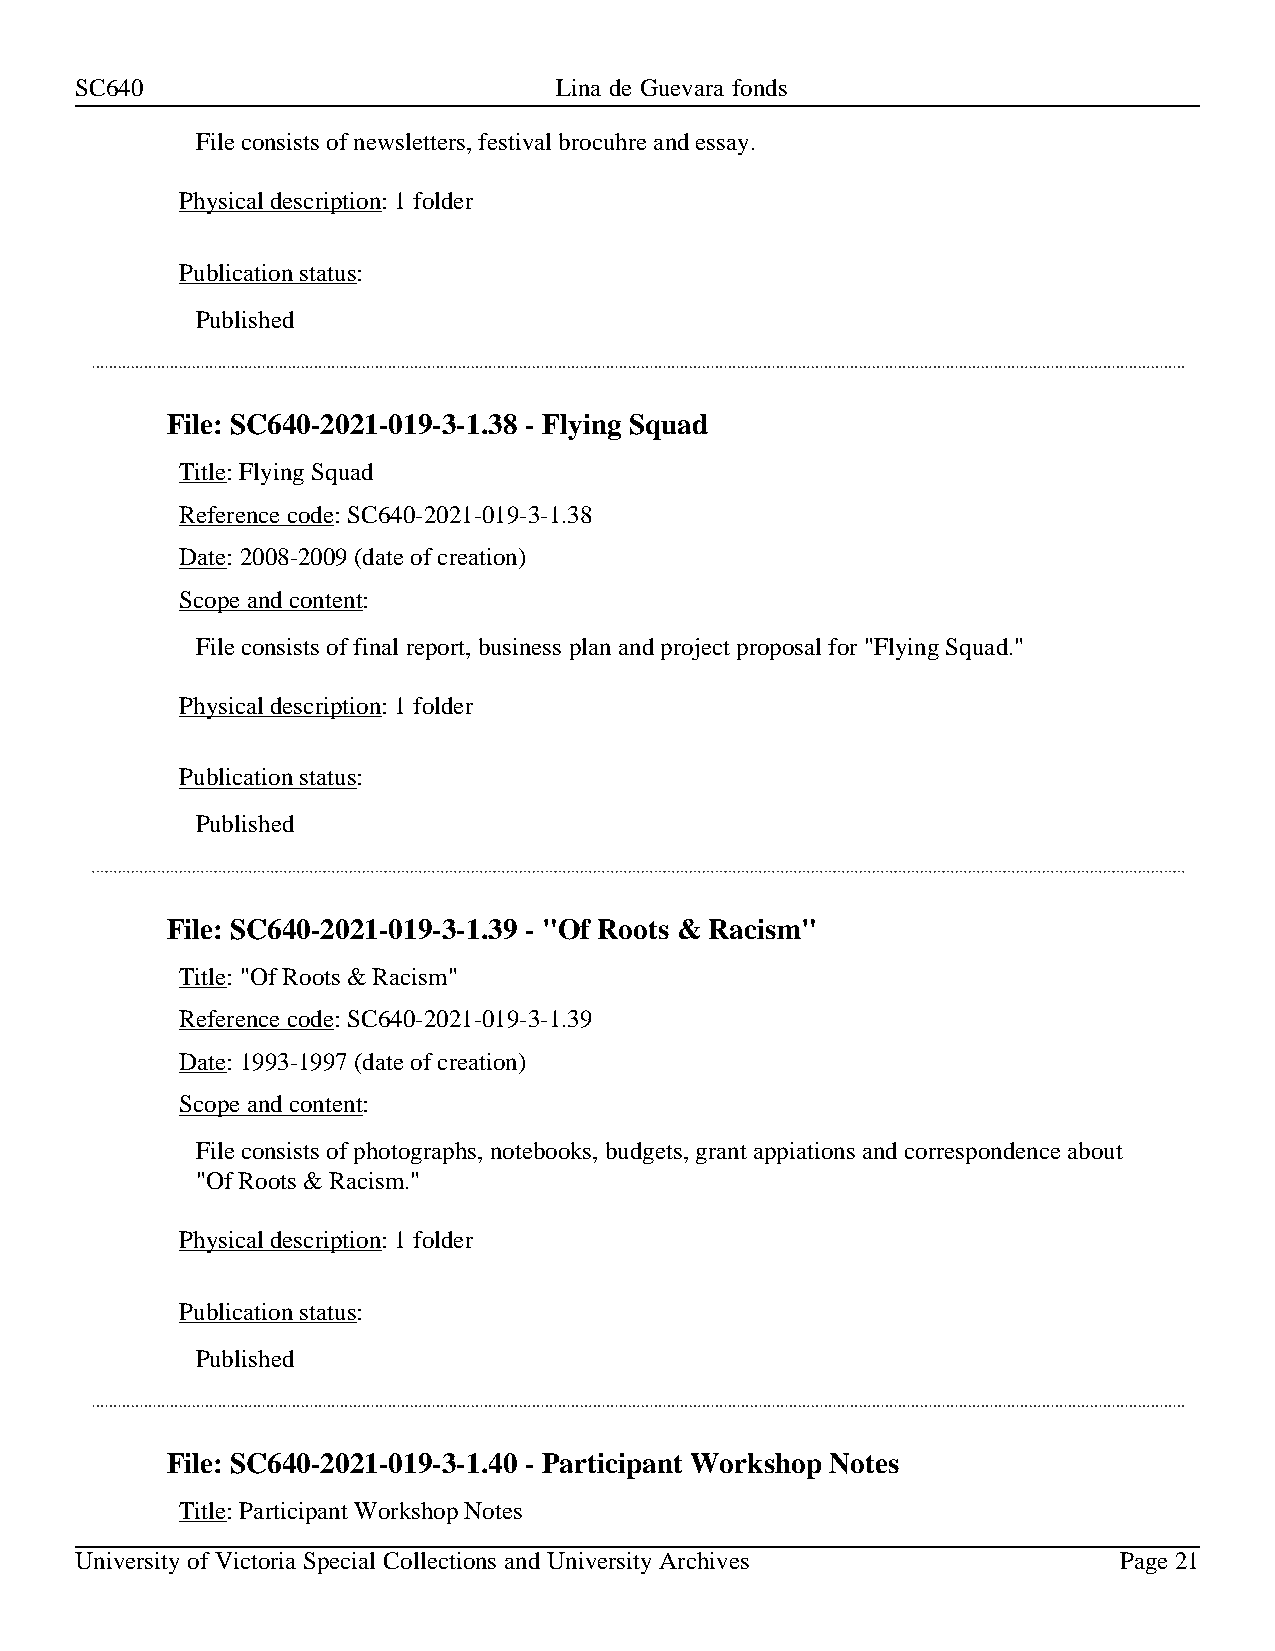
SC640                           Lina de Guevara fonds
 File consists of newsletters, festival brocuhre and essay.
 Physical description: 1 folder
 Publication status:
 Published
 File: SC640-2021-019-3-1.38 - Flying Squad
 Title: Flying Squad
 Reference code: SC640-2021-019-3-1.38
 Date: 2008-2009 (date of creation)
 Scope and content:
 File consists of final report, business plan and project proposal for "Flying Squad."
 Physical description: 1 folder
 Publication status:
 Published
 File: SC640-2021-019-3-1.39 - "Of Roots & Racism"
 Title: "Of Roots & Racism"
 Reference code: SC640-2021-019-3-1.39
 Date: 1993-1997 (date of creation)
 Scope and content:
 File consists of photographs, notebooks, budgets, grant appiations and correspondence about
 "Of Roots & Racism."
 Physical description: 1 folder
 Publication status:
 Published
 File: SC640-2021-019-3-1.40 - Participant Workshop Notes
 Title: Participant Workshop Notes
 University of Victoria Special Collections and University Archives   Page 21